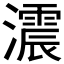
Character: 𤂪